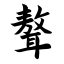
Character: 聱